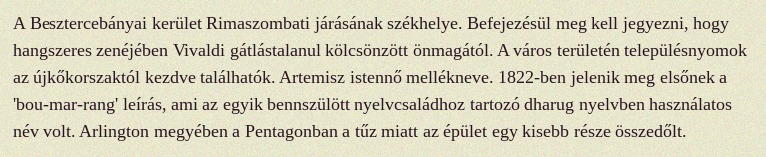
A Besztercebányai kerület Rimaszombati járásának székhelye. Befejezésül meg kell jegyezni, hogy hangszeres zenéjében Vivaldi gátlástalanul kölcsönzött önmagától. A város területén településnyomok az újkőkorszaktól kezdve találhatók. Artemisz istennő mellékneve. 1822-ben jelenik meg elsőnek a 'bou-mar-rang' leírás, ami az egyik bennszülött nyelvcsaládhoz tartozó dharug nyelvben használatos név volt. Arlington megyében a Pentagonban a tűz miatt az épület egy kisebb része összedőlt.